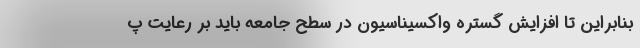
بنابراین تا افزایش گستره واکسیناسیون در سطح جامعه باید بر رعایت پ